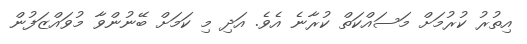
އިތުރު ކުރުމަށް މަސައްކަތް ކުރާނެ އެވެ. އަދި މި ކަމަށް ބޭނުންވާ މުވައްޒަފުން